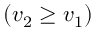
( v _ { 2 } \geq v _ { 1 } )